Report of the Indian Hemp Drugs Commission, 1894-1895 - Volume IV
Year: 1894
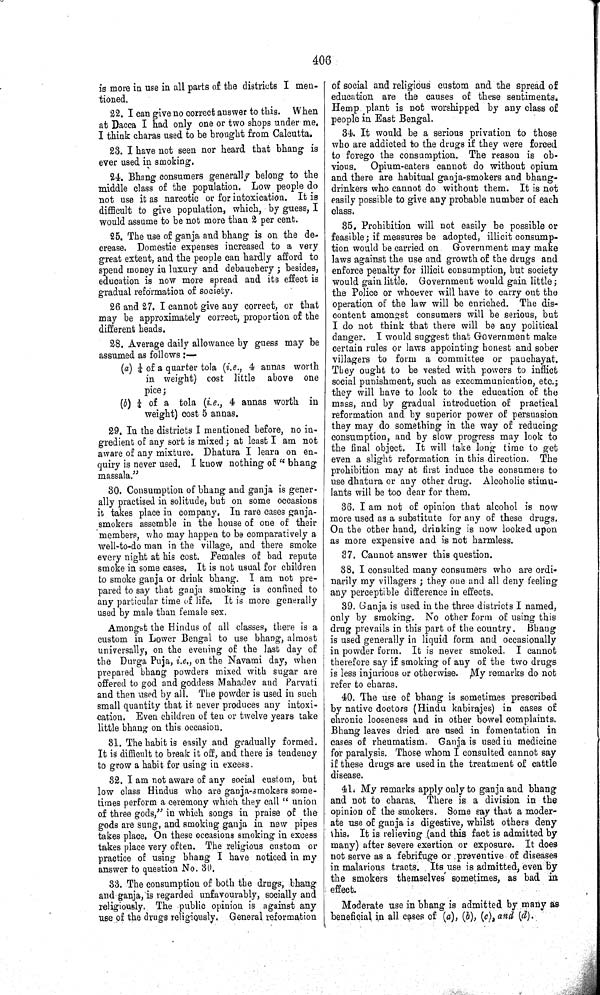
406
is more in use in all parts of the districts I men-
tioned.
22. I can give no correct answer to this.
When
at Dacca I had only one or two shops under me.
I think charas used to be brought from Calcutta.
23. I have not seen nor heard that bhang is
ever used in smoking.
24. Bhang consumers generally belong to the
middle class of the population. Low people do
not use it as narcotic or for intoxication. It is
difficult to give population, which, by guess, I
would assume to be not more than 2 per cent.
25. The use of ganja and bhang is on the de-
crease. Domestic expenses increased to a very
great extent, and the people can hardly afford to
spend money in luxury and debauchery; besides,
education is now more spread and its effect is
gradual reformation of society.
26 and 27. I cannot give any correct, or that
may be approximately correct, proportion of the
different heads.
28. Average daily allowance by guess may be
assumed as follows:—
(a) ¼ of a quarter tola (i.e., 4 annas worth
in weight) cost little
above one
pice;
(b) ¼ of a tola (i.e., 4 annas worth
in
weight) cost 5 annas.
29. In the districts I mentioned before, no in-
gredient of any sort is mixed; at least I am not
aware of any mixture. Dhatura I learn on en-
quiry is never used. I know nothing of "bhang
massala."
30. Consumption of bhang and ganja is gener-
ally practised in solitude, but on some occasions
it takes place in company. In rare cases ganja-
smokers assemble in the house of one of their
members, who may happen to be comparatively a
well-to-do man in the village, and there smoke
every night at his cost. Females of bad repute
smoke in some cases. It is not usual for children
to smoke ganja or drink bhang. I am not pre-
pared to say that ganja smoking is confined to
any particular time of life. It is more generally
used by male than female sex.
Amongst the Hindus of all classes, there is a
custom in Lower Bengal to use bhang, almost
universally, on the evening of the last day of
the Durga Puja, i.e., on the Navami day, when
prepared bhang powders mixed with sugar are
offered to god and goddess Mahadev and Parvati
and then used by all. The powder is used in such
small quantity that it never produces any intoxi-
cation. Even children of ten or twelve years take
little bhang on this occasion.
31. The habit is easily and gradually formed.
It is difficult to break it off, and there is tendency
to grow a habit for using in excess.
32. I am not aware of any social custom, but
low class Hindus who are ganja-smokers some-
times perform a ceremony which they call " union
of three gods," in which songs in praise of the
gods are sung, and smoking ganja in new pipes
takes place. On these occasions smoking in excess
takes place very often. The religious custom or
practice of using bhang I have noticed in my
answer to question No. 30.
33. The consumption of both the drugs, bhang
and ganja, is regarded unfavourably, socially and
religiously. The public opinion is against any
use of the drugs religiously. General reformation
of social and religious custom and the spread of
education are the causes of these sentiments.
Hemp plant is not worshipped by any class of
people in East Bengal.
34. It would be a serious privation to those
who are addicted to the drugs if they were forced
to forego the consumption. The reason is ob-
vious.
Opium-eaters cannot do without opium
and there are habitual ganja-smokers and bhang-
drinkers who cannot do without them. It is not
easily possible to give any probable number of each
class.
35. Prohibition will not easily be possible or
feasible; if measures be adopted, illicit consump-
tion would be carried on
Government may make
laws against the use and growth of the drugs and
enforce penalty for illicit consumption, but society
would gain little. Government would gain little;
the Police or whoever will have to carry out the
operation of the law will be enriched. The dis-
content amongst consumers will be serious, but
I do not think that there will be any political
danger. I would suggest that Government make
certain rules or laws appointing honest and sober
villagers to form a committee or panchayat.
They ought to be vested with powers to inflict
social punishment, such as excommunication, etc.;
they will have to look to the education of the
mass, and by gradual introduction of practical
reformation and by superior power of persuasion
they may do something in the way of reducing
consumption, and by slow progress may look to
the final object. It will take long time to get
even a slight reformation in this direction. The
prohibition may at first induce the consumers to
use dhatura or any other drug. Alcoholic stimu-
lants will be too dear for them.
36. I am not of opinion that alcohol is now
more used as a substitute for any of these drugs.
On the other hand, drinking is now looked upon
as more expensive and is not harmless.
37. Cannot answer this question.
38. I consulted many consumers who are ordi-
narily my villagers; they one and all deny feeling
any perceptible difference in effects.
39. Ganja is used in the three districts I named,
only by smoking. No other form of using this
drug prevails in this part of the country.
Bhang
is used generally in liquid form and occasionally
in powder form. It is never smoked. I cannot
therefore say if smoking of any of the two drugs
is less injurious or otherwise. My remarks do not
refer to charas.
40. The use of bhang is sometimes prescribed
by native doctors (Hindu kabirajes) in cases of
chronic looseness and in other bowel complaints.
Bhang leaves dried are used in fomentation in
cases of rheumatism. Ganja is used in medicine
for paralysis. Those whom I consulted cannot say
if these drugs are used in the treatment of cattle
disease.
41. My remarks apply only to ganja and bhang
and not to charas. There is a division in the
opinion of the smokers. Some say that a moder-
ate use of ganja is digestive, whilst others deny
this. It is relieving (and this fact is admitted by
many) after severe exertion or exposure. It does
not serve as a febrifuge or preventive of diseases
in malarious tracts. Its use is admitted, even by
the smokers themselves sometimes, as bad in
effect.
Moderate use in bhang is admitted by many as
beneficial in all cases of (a), (b), (c), and (d).